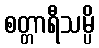
စတ္တာရီသမ္ပိ